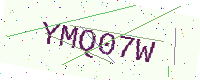
Text: YMQ07W